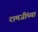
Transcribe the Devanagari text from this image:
रामजींच्या